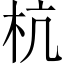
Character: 杭